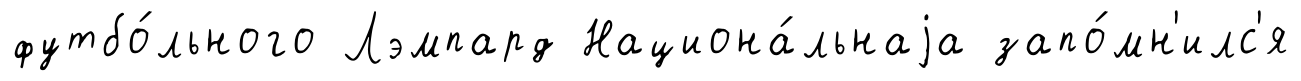
футбо́льного Лэмпард Национа́льнаjа запо́мн'илс'я